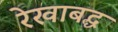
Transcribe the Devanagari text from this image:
रेखाबद्ध